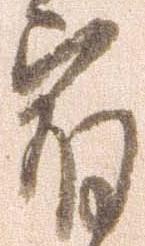
宿